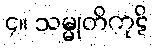
၄။ သမ္မုတိကုဋိ